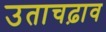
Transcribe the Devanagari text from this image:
उताचढ़ाव